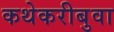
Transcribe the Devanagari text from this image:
कथेकरीबुवा